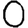
Digit: 0